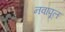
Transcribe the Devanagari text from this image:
नवापूल